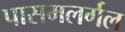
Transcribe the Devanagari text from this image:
पासमलर्गल